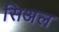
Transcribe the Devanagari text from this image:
सिअल